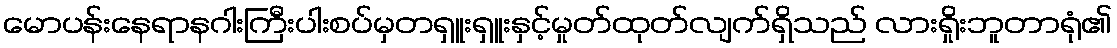
မောပန်းနေရာနဂါးကြီးပါးစပ်မှတရှူးရှူးနှင့်မှုတ်ထုတ်လျက်ရှိသည် လားရှိုးဘူတာရုံ၏